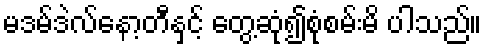
မဒမ်ဒဲလ်နော့တီနှင့် တွေ့ဆုံ၍စုံစမ်းမိ ပါသည်။